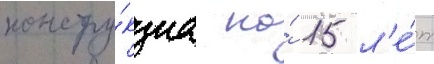
констру́кциа на́ 15 л'е́т